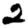
Digit: 2